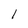
Character: 1